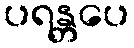
ပရန္တပေ